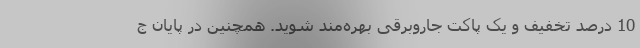
10 درصد تخفیف و یک پاکت جاروبرقی بهره‌مند شوید. همچنین در پایان ج